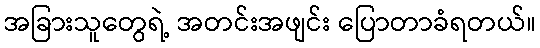
အခြားသူတွေရဲ့ အတင်းအဖျင်း ပြောတာခံရတယ်။